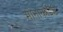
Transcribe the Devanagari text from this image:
मोनार्काइडे